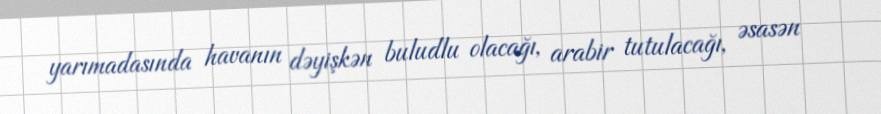
yarımadasında havanın dəyişkən buludlu olacağı, arabir tutulacağı, əsasən